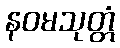
နဝမသုတ္တံ